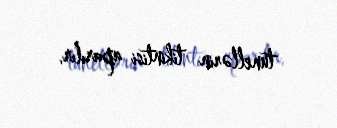
tunellərin tikintisi aparılır.